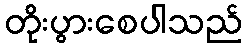
တိုးပွားစေပါသည်